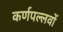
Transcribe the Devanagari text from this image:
कर्णपल्लवों